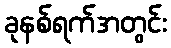
ခုနစ်ရက်အတွင်း